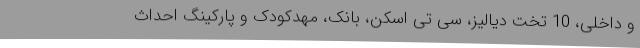
و داخلی، 10 تخت دیالیز، سی تی اسکن، بانک، مهدکودک و پارکینگ احداث